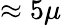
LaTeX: \approx 5\mu